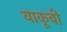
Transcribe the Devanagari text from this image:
याकूबी